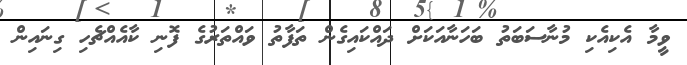
ވީމާ އެކިއެކި މުނާސަބަތު ބަހަނާއަކަށް ދައްކައިގެން ތަފާތު ވައްތަރުގެ ފޮނި ކާއެއްޗެހި ގިނައިން